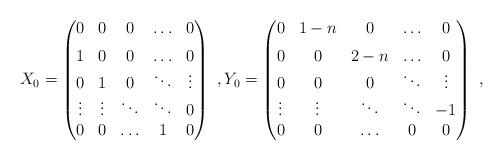
LaTeX: \begin{align*}X_0 = \begin{pmatrix}0&0&0& \ldots &0 \\*[1ex]1&0&0& \ldots &0\\0&1&0& \ddots & \vdots\\\vdots& \vdots & \ddots& \ddots & 0\\0&0& \ldots & 1 &0\end{pmatrix}\ , Y_0 = \begin{pmatrix}0&1-n&0& \ldots &0 \\*[1ex]0&0&2-n& \ldots &0\\0&0&0& \ddots & \vdots\\\vdots& \vdots & \ddots& \ddots & -1\\0&0& \ldots & 0 &0\end{pmatrix}\ ,\end{align*}